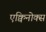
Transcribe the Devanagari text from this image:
एक्विनोक्स